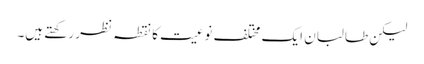
لیکن طالبان ایک مختلف نوعیت کا نقطہ نظر رکھتے ہیں۔